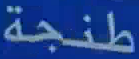
طنجة